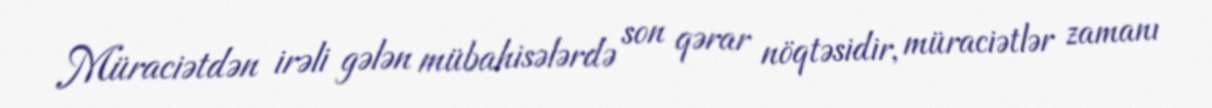
Müraciətdən irəli gələn mübahisələrdə son qərar nöqtəsidir, müraciətlər zamanı